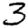
Digit: 3